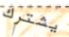
يشترك